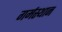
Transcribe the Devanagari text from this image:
गर्मस्थान